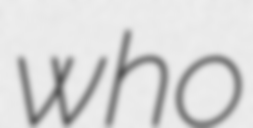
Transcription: who